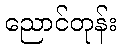
ညောင်တုန်း